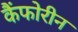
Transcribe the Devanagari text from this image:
कैंफोरीन